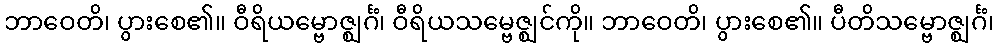
ဘာဝေတိ၊ ပွားစေ၏။ ဝီရိယမ္ဗောဇ္ဈင်္ဂံ၊ ဝီရိယသမ္ဗေဇ္ဈင်ကို။ ဘာဝေတိ၊ ပွားစေ၏။ ပီတိသမ္ဗောဇ္ဈင်္ဂံ၊